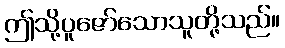
ဤသို့ပူဇော်သောသူတို့သည်။